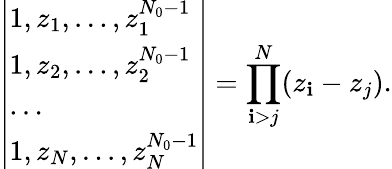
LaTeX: \left|\begin{array}{l}{1,z_{1},\dots,z_{1}^{N_{0}-1}}\\ {1,z_{2},\dots,z_{2}^{N_{0}-1}}\\ {\dots}\\ {1,z_{N},\dots,z_{N}^{N_{0}-1}}\end{array}\right|=\prod_{\mathbf{i}>j}^{N}(z_{\mathbf{i}}-z_{j}).